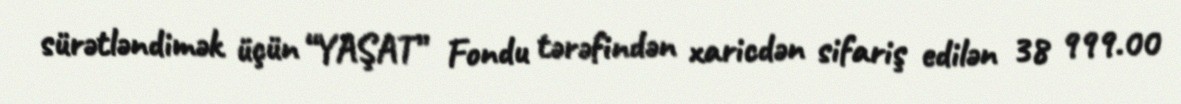
sürətləndimək üçün “YAŞAT” Fondu tərəfindən xaricdən sifariş edilən 38 999.00